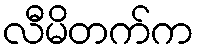
လီမိတက်က